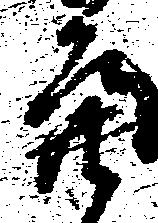
亮